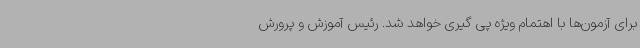
برای آزمون‌ها با اهتمام ویژه پی گیری خواهد شد. رئیس آموزش و پرورش